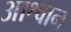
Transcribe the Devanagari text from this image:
आश्वान